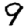
Digit: 9